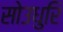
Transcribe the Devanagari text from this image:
सोउधुरि